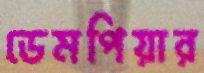
ডেমপিয়ার